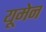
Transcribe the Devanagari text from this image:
यूमेन